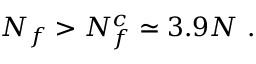
N _ { f } > N _ { f } ^ { c } \simeq 3 . 9 N \ .